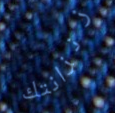
زنزانتك